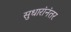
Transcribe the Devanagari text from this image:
सुधारांनंतर